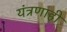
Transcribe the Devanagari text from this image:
यंत्रणाही